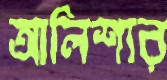
আলিশার